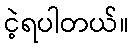
ငဲ့ရပါတယ်။